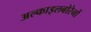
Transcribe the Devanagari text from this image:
अल्काइलबोरेनों